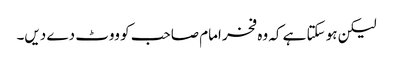
لیکن ہو سکتا ہے کہ وہ فخر امام صاحب کو ووٹ دے دیں۔